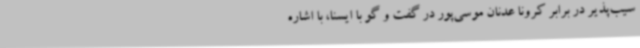
سیب‌پذیر در برابر کرونا عدنان موسی‌پور در گفت و گو با ایسنا، با اشاره